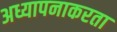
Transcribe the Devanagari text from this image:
अध्यापनाकरता